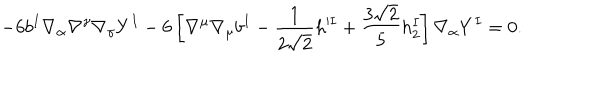
LaTeX: - 6 b ^ { I } \nabla _ { \alpha } \nabla ^ { \gamma } \nabla _ { \gamma } Y ^ { I } - 6 \left[ \nabla ^ { \mu } \nabla _ { \mu } b ^ { I } - \frac { 1 } { 2 \sqrt { 2 } } h ^ { \prime I } + \frac { 3 \sqrt { 2 } } { 5 } h _ { 2 } ^ { I } \right] \nabla _ { \alpha } Y ^ { I } = 0 .